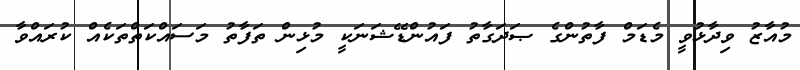
މުއާޒު ވިދާޅުވީ މެޑަމް ފާތުންގެ ޞަދަގާތު ފައުންޑޭޝަނަކީ މުޅިން ތަފާތު މަސައްކަތްތަކެއް ކުރައްވާ